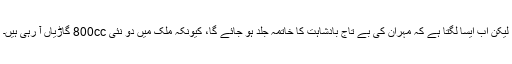
لیکن اب ایسا لگتا ہے کہ مہران کی بے تاج بادشاہت کا خاتمہ جلد ہو جائے گا، کیونکہ ملک میں دو نئی 800cc گاڑیاں آ رہی ہیں۔